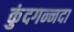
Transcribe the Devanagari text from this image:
कुंदगन्नदा